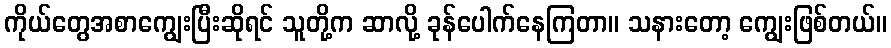
ကိုယ်တွေအစာကျွေးပြီးဆိုရင် သူတို့က ဆာလို့ ခုန်ပေါက်နေကြတာ။ သနားတော့ ကျွေးဖြစ်တယ်။